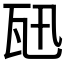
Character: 𤬫